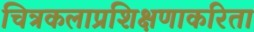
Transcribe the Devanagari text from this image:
चित्रकलाप्रशिक्षणाकरिता